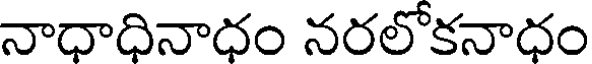
నాధాధినాధం నరలోకనాధం